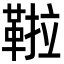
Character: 鞡